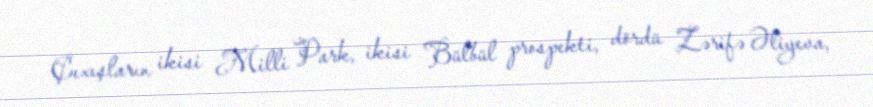
Çıxışların ikisi Milli Park, ikisi Bülbül prospekti, dördü Zərifə Əliyeva,